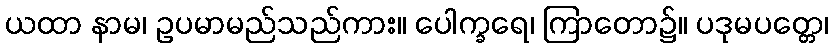
ယထာ နာမ၊ ဥပမာမည်သည်ကား။ ပေါက္ခရေ၊ ကြာတော၌။ ပဒုမပတ္တေ၊